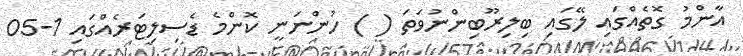
އާންމު ގޮތެއްގައި ލޭގައި ބިލިރޫބިންނުވަތަ ( ) ހުންނަނީ ކޮންމެ ޑެސިލިޓަރެއްގައި 1-05